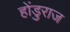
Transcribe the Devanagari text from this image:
होंडुराज